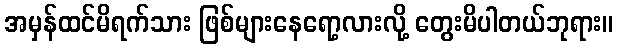
အမှန်ထင်မိရက်သား ဖြစ်များနေရော့လားလို့ တွေးမိပါတယ်ဘုရား။